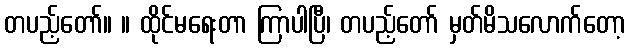
တပည့်တော်။ ။ ထိုင်မရေးတာ ကြာပါပြီ၊ တပည့်တော် မှတ်မိသလောက်တော့